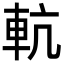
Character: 䡉